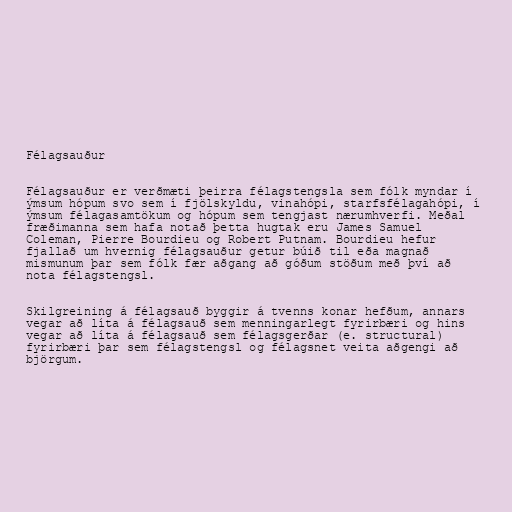
Félagsauður

Félagsauður er verðmæti þeirra félagstengsla sem fólk myndar í
ýmsum hópum svo sem í fjölskyldu, vinahópi, starfsfélagahópi, í
ýmsum félagasamtökum og hópum sem tengjast nærumhverfi. Meðal
fræðimanna sem hafa notað þetta hugtak eru James Samuel
Coleman, Pierre Bourdieu og Robert Putnam. Bourdieu hefur
fjallað um hvernig félagsauður getur búið til eða magnað
mismunum þar sem fólk fær aðgang að góðum stöðum með því að
nota félagstengsl.

Skilgreining á félagsauð byggir á tvenns konar hefðum, annars
vegar að líta á félagsauð sem menningarlegt fyrirbæri og hins
vegar að líta á félagsauð sem félagsgerðar (e. structural)
fyrirbæri þar sem félagstengsl og félagsnet veita aðgengi að
björgum.